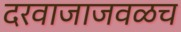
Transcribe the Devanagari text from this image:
दरवाजाजवळच